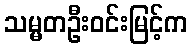
သမ္မတဦးဝင်းမြင့်က